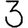
Digit: 3